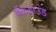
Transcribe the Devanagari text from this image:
बॅकग्राउंड